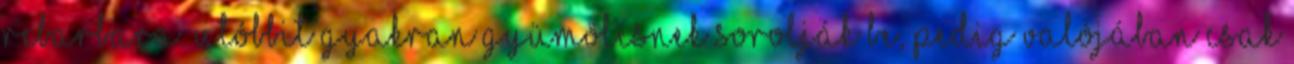
rebarbara. Utóbbit gyakran gyümölcsnek sorolják be, pedig valójában csak